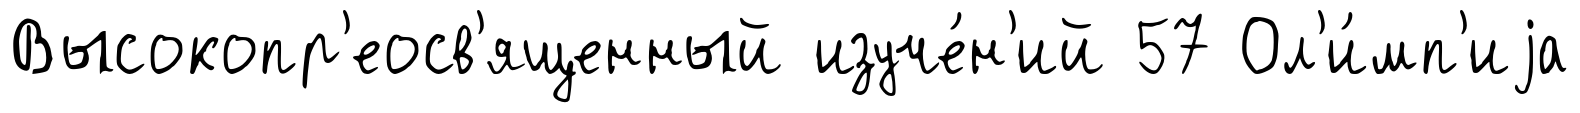
Высокопр'еосв'ященный изуче́н'ий 57 Ол'и́мп'иjа